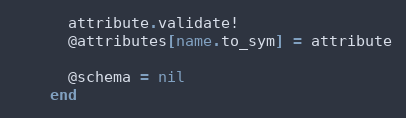
Language: Ruby
      attribute.validate!
      @attributes[name.to_sym] = attribute

      @schema = nil
    end